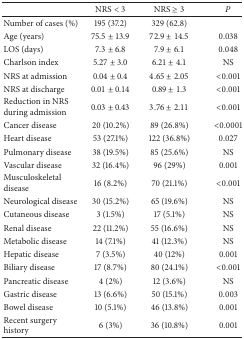
<table><thead><tr><td><b> </b></td><td><b>NRS &lt; 3</b></td><td><b>NRS ≥ 3</b></td><td><b><i>P</i></b></td></tr></thead><tbody><tr><td>Number of cases (%)</td><td>195 (37.2)</td><td>329 (62.8)</td><td> </td></tr><tr><td>Age (years)</td><td>75.5 ± 13.9</td><td>72.9 ± 14.5</td><td>0.038</td></tr><tr><td>LOS (days)</td><td>7.3 ± 6.8</td><td>7.9 ± 6.1</td><td>0.048</td></tr><tr><td>Charlson index</td><td>5.27 ± 3.0</td><td>6.21 ± 4.1</td><td>NS</td></tr><tr><td>NRS at admission</td><td>0.04 ± 0.4</td><td>4.65 ± 2.05</td><td>&lt;0.001</td></tr><tr><td>NRS at discharge</td><td>0.01 ± 0.14</td><td>0.89 ± 1.3</td><td>&lt;0.001</td></tr><tr><td>Reduction in NRS during admission</td><td>0.03 ± 0.43</td><td>3.76 ± 2.11</td><td>&lt;0.001</td></tr><tr><td>Cancer disease</td><td>20 (10.2%)</td><td>89 (26.8%)</td><td>&lt;0.0001</td></tr><tr><td>Heart disease</td><td>53 (27.1%)</td><td>122 (36.8%)</td><td>0.027</td></tr><tr><td>Pulmonary disease</td><td>38 (19.5%)</td><td>85 (25.6%)</td><td>NS</td></tr><tr><td>Vascular disease</td><td>32 (16.4%)</td><td>96 (29%)</td><td>0.001</td></tr><tr><td>Musculoskeletal disease</td><td>16 (8.2%)</td><td>70 (21.1%)</td><td>&lt;0.001</td></tr><tr><td>Neurological disease</td><td>30 (15.2%)</td><td>65 (19.6%)</td><td>NS</td></tr><tr><td>Cutaneous disease</td><td>3 (1.5%)</td><td>17 (5.1%)</td><td>NS</td></tr><tr><td>Renal disease</td><td>22 (11.2%)</td><td>55 (16.6%)</td><td>NS</td></tr><tr><td>Metabolic disease</td><td>14 (7.1%)</td><td>41 (12.3%)</td><td>NS</td></tr><tr><td>Hepatic disease</td><td>7 (3.5%)</td><td>40 (12%)</td><td>0.001</td></tr><tr><td>Biliary disease</td><td>17 (8.7%)</td><td>80 (24.1%)</td><td>&lt;0.001</td></tr><tr><td>Pancreatic disease</td><td>4 (2%)</td><td>12 (3.6%)</td><td>NS</td></tr><tr><td>Gastric disease</td><td>13 (6.6%)</td><td>50 (15.1%)</td><td>0.003</td></tr><tr><td>Bowel disease</td><td>10 (5.1%)</td><td>46 (13.8%)</td><td>0.001</td></tr><tr><td>Recent surgery history</td><td>6 (3%)</td><td>36 (10.8%)</td><td>0.001</td></tr></tbody></table>